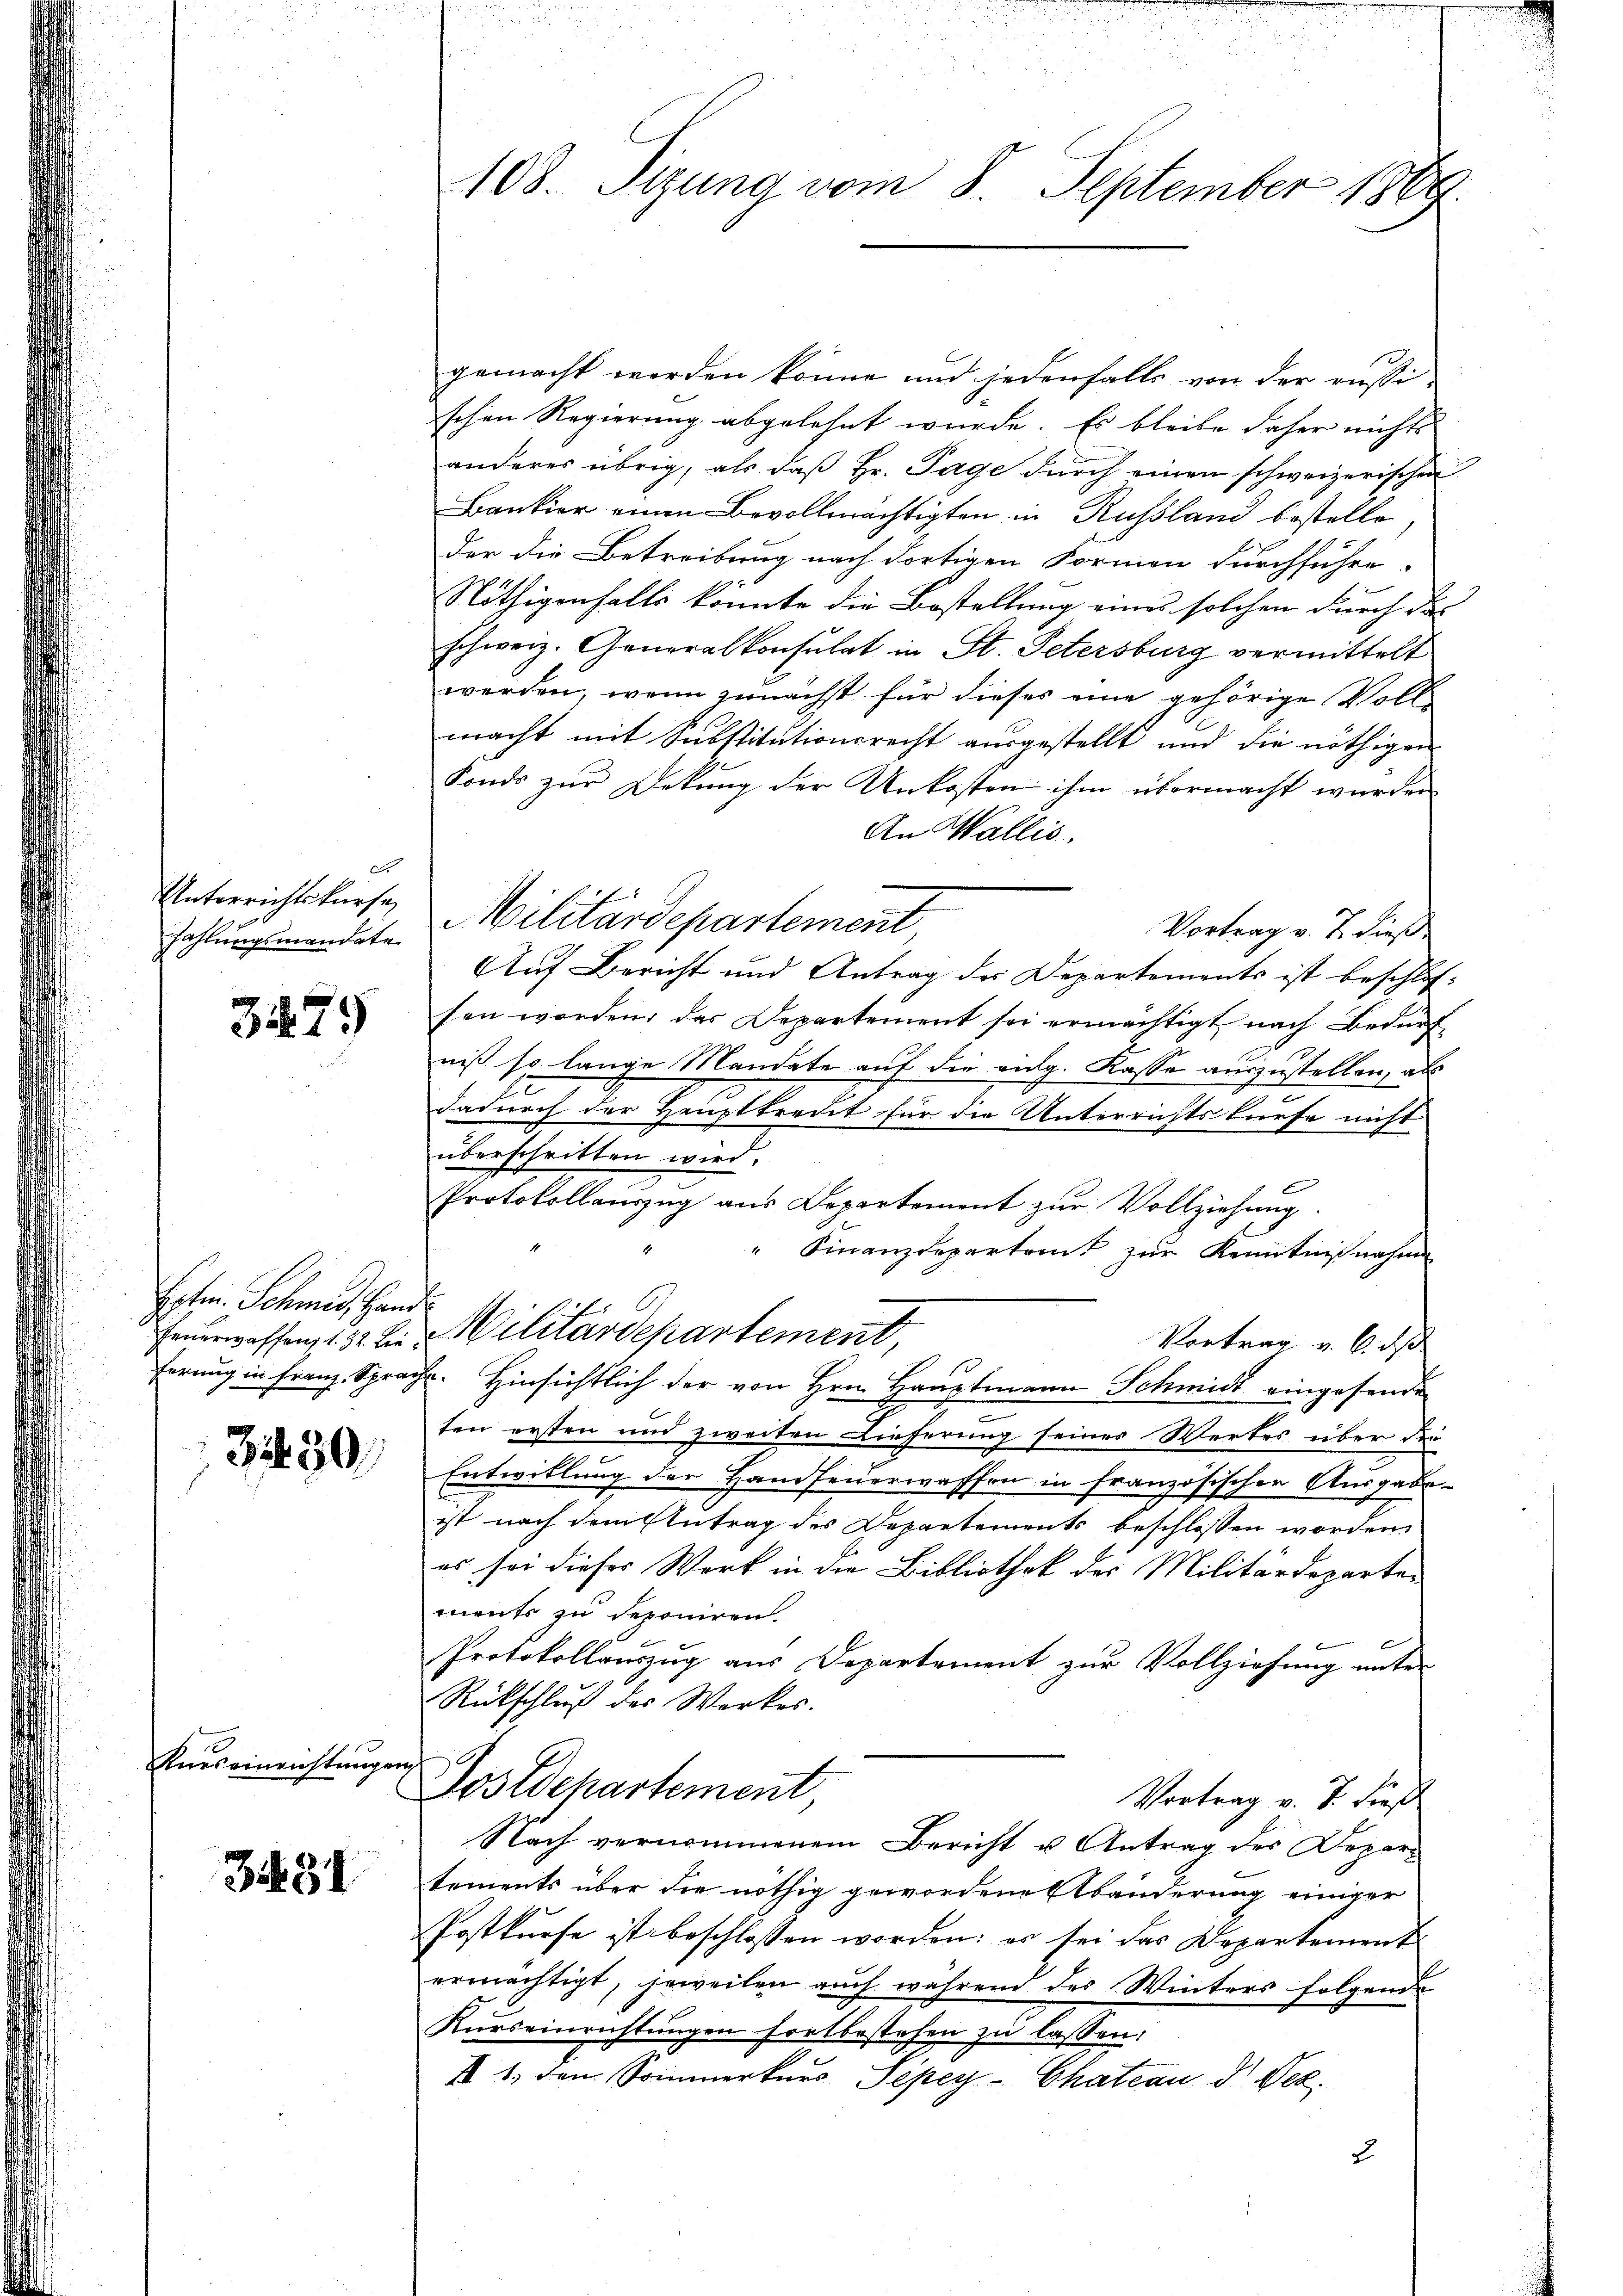
dt
Unterrichtskurse
zahlungsmandate

3479

Posten. Schmes Hand
Feuerwaffen, 1. 92. Lieferung in Franz. Sprac

3230

Kueseinenstunge

348

l

108. Sizung vom 8. September 1869.

gemacht werden könne und jedenfalls von der russi-
schen Regierung abgelehnt wurde. Es bleibe daher nichts
anderes übrig, als daß Hr. Tage durch einen schweizerischen
Bankier einen Bevollmächtigten in Russland bestelle,
der die Betreibung nach dortigen Formen durchführe
Nöthigenfalls könnte die Bestellung eines solchen durch das
schweiz. Generalkonsulat in St. Petersburg vermittelt
werden, wenn zunächst für dieses eine gehörige Voll-
macht mit Substitutionsrecht ausgestellt und die nöthigen
Fonds zur Dekung der Unkosten ihm übermacht wurden
An Wallis.
Militärdepartement
Vortrag v. J. dieß¬
Auf Bericht und Antrag der Departements ist beschlossen worden, das Departement sei ermächtigt nach Bedürf-
niß so lange Mandate auf die aug. Kasse auszustellen, als
dadurch der Hauptkredit für die Unterrichts kaufe nicht
überschritten wird.
F
Protokollauszug aus Departement zur Vollziehung
" Finanzdepartamt zur Kenntnißnahme
Militärdepartement,
Vortrag v. 6. ds
B. Hinsichtlich der von Hrn. Hauptmann Schmidt eingesende
ten ersten und zweiten Lieferung seines Wertes über die
Entwillung der Handfeuerwaffen in französischen Ausgabe-
ist nach dem Antrag des Departements beschlossen worden.
es sei dieser Werk in die Bibliothek des Militärdepartements zu deponiren.
Protokollauszug aus Departement zur Vollziehung unter
Rückschluß des Werkes.
Postdepartement
Vortrag v. J. dieß
Nach vernommenem Bericht u Antrag des Departements über die nöthig gewordene Abänderung einiger
Postkurse ist beschlossen worden; es sei das Departement
ermächtigt, jeweilen auch während des Winters folgende
Kurseinrichtungen fortbestehen zu lassen:
21. den Sommerkurs Piper Chateau d. Dez.
3